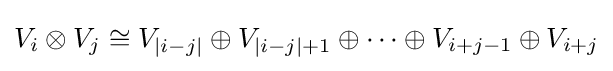
V_{i}\otimes V_{j}\cong V_{|i-j|}\oplus V_{|i-j|+1}\oplus \cdots \oplus V_{i+j-1}\oplus V_{i+j}